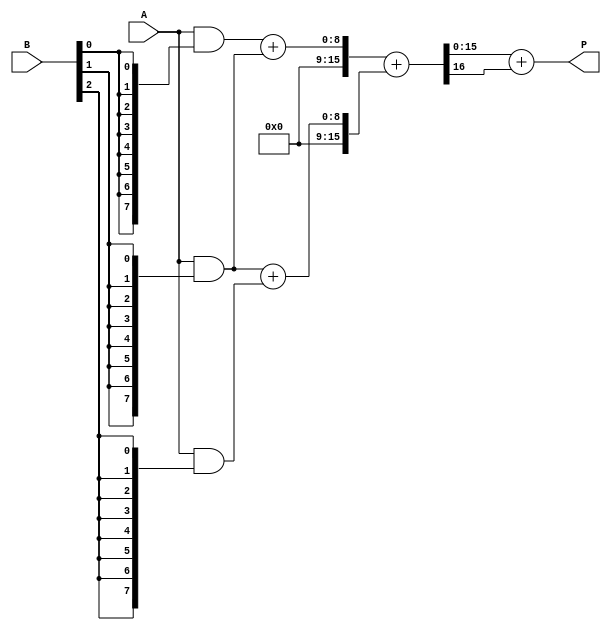
module wallace_tree_multiplier #(parameter A_WIDTH = 8, parameter B_WIDTH = 8)(
    input [A_WIDTH-1:0] A,
    input [B_WIDTH-1:0] B,
    output reg [A_WIDTH + B_WIDTH - 1:0] P
);

    // Generate partial products
    wire [A_WIDTH-1:0] pp[B_WIDTH-1:0];
    genvar i, j;
    generate
        for (i = 0; i < B_WIDTH; i = i + 1) begin : partial_product_generation
            assign pp[i] = A & {A_WIDTH{B[i]}};
        end
    endgenerate

    // Wallace tree reduction
    wire [A_WIDTH + B_WIDTH - 1:0] sum_stage[0:2*A_WIDTH-1];
    wire [A_WIDTH + B_WIDTH - 1:0] carry_stage[0:2*A_WIDTH-1];

    // Stage 1: Pairwise addition of partial products
    generate
        for (i = 0; i < B_WIDTH; i = i + 1) begin : stage1
            if (i < B_WIDTH - 1) begin
                // Using full adders for 3 inputs
                assign {carry_stage[i], sum_stage[i]} = pp[i] + pp[i+1];
            end else begin
                assign sum_stage[i] = pp[i];
                assign carry_stage[i] = 0;
            end
        end
    endgenerate

    // Stage 2: Continue reduction until only 2 numbers remain
    wire [A_WIDTH + B_WIDTH - 1:0] final_sum;
    wire [A_WIDTH + B_WIDTH - 1:0] final_carry;

    // Final addition of the last two sums
    assign {final_carry, final_sum} = sum_stage[0] + sum_stage[1];

    // Final product output
    always @(*) begin
        P = final_sum + final_carry;
    end

endmodule